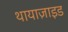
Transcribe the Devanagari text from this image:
थायाज़ाइड